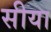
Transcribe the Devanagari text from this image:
सीया